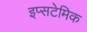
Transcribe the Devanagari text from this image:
इप्सटेमिक